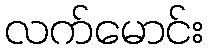
လက်မောင်း